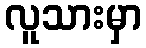
လူသားမှာ